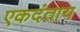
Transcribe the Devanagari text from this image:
एकदंताय